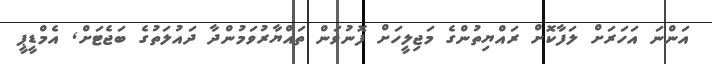
އަންނަ އަހަރަށް ލަފާކޮށް ރައްޔިތުންގެ މަޖިލީހަށް ފޮނުވަން ތައްޔާރުވަމުންދާ ދައުލަތުގެ ބަޖެޓަށް